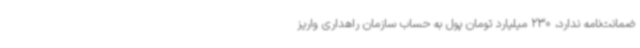
ضمانت‌نامه ندارد، 230 میلیارد تومان پول به حساب سازمان راهداری واریز